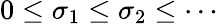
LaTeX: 0\leq\sigma_{1}\leq\sigma_{2}\leq\cdots